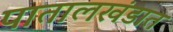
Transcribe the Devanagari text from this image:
पातालखंडात